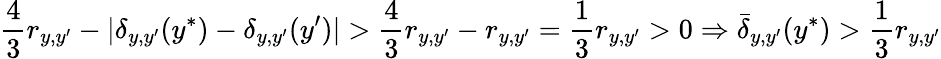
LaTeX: \frac{4}{3}r_{y,y^{\prime}}-|\delta_{y,y^{\prime}}(y^{*})-\delta_{y,y^{\prime}}(y^{\prime})|>\frac{4}{3}r_{y,y^{\prime}}-r_{y,y^{\prime}}=\frac{1}{3}r_{y,y^{\prime}}>0\Rightarrow\bar{\delta}_{y,y^{\prime}}(y^{*})>\frac{1}{3}r_{y,y^{\prime}}